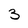
Character: 3